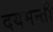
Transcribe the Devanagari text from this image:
दयमन्ती